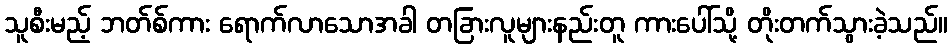
သူစီးမည့် ဘတ်စ်ကား ရောက်လာသောအခါ တခြားလူများနည်းတူ ကားပေါ်သို့ တိုးတက်သွားခဲ့သည်။